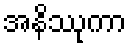
အနိဿုကာ